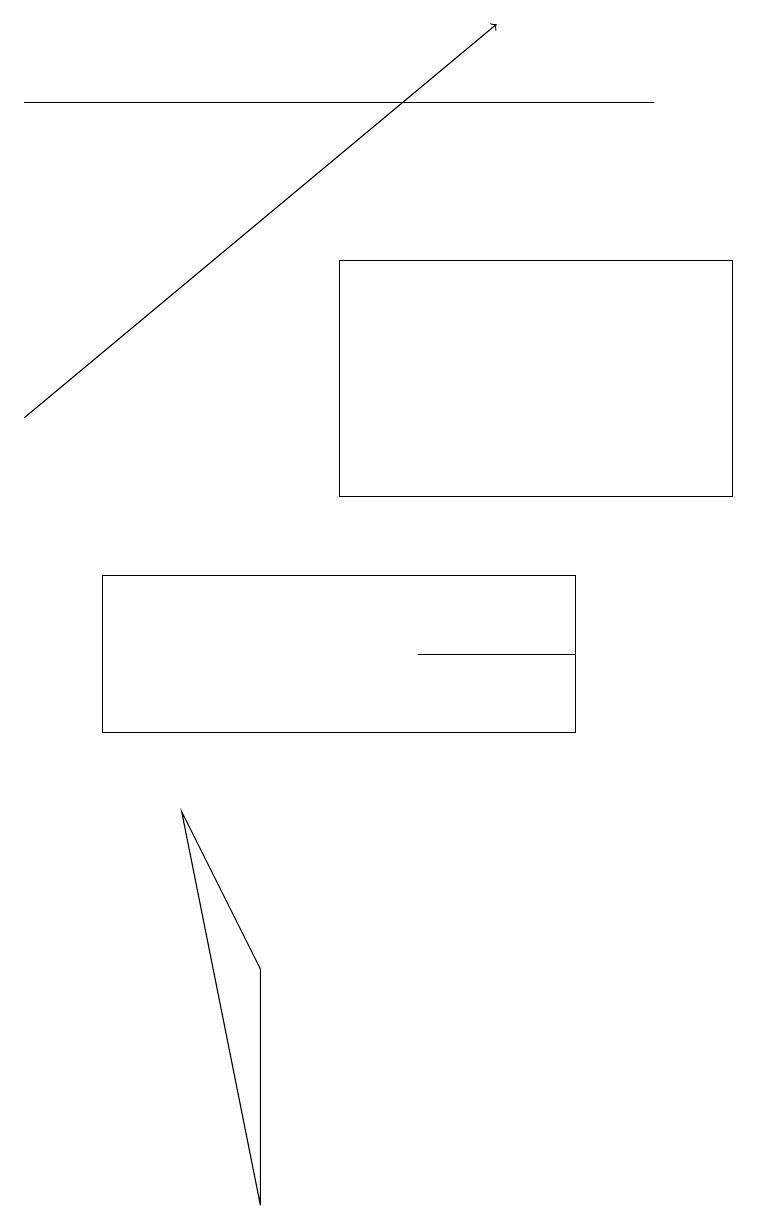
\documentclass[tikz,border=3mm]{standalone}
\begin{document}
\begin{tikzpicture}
\draw (9,16) rectangle (4,13);
\draw (5,11) rectangle (7,11);
\draw (8,18) rectangle (0,18);
\draw (7,12) rectangle (1,10);
\draw (3,7) -- (2,9) -- (3,4) -- cycle;
\draw[->] (0,14) -- (6,19);
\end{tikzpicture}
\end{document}